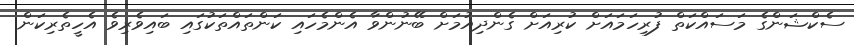
ސެކްޝަންގެ މަސައްކަތް ފުރިހަމައަށް ކުރިއަށް ގެންދިއުމަށް ބޭނުންވާ އެންމެހައި ކަންތައްތަކުގައި ބައިވެރިވެ އެހީތެރިކަން